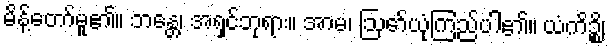
မိန့်တော်မူ၏။ ဘန္တေ၊ အရှင်ဘုရား။ အာမ၊ ဩော်ယုံကြည်ပါ၏။ ယံကိဉ္စိ၊